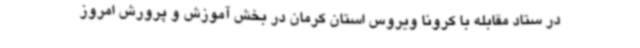
در ستاد مقابله با کرونا ویروس استان کرمان در بخش آموزش و پرورش امروز